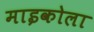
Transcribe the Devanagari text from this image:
माइकोला